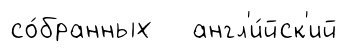
со́бранных англ'и́йск'ий